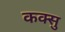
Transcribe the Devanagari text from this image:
कक्सु